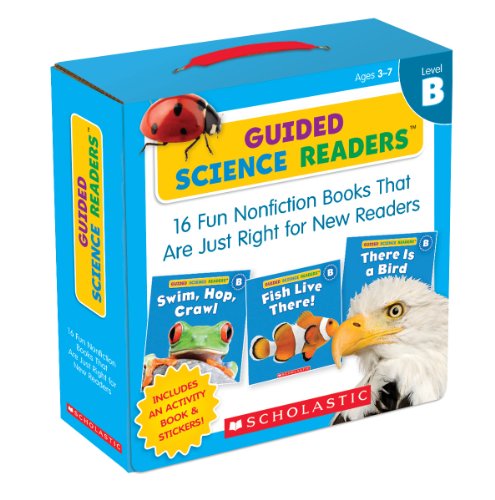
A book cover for Guided Science Readers Parent Pack: Level B: 16 Fun Nonfiction Books That Are Just Right for New Readers; Liza Charlesworth; Education & Teaching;